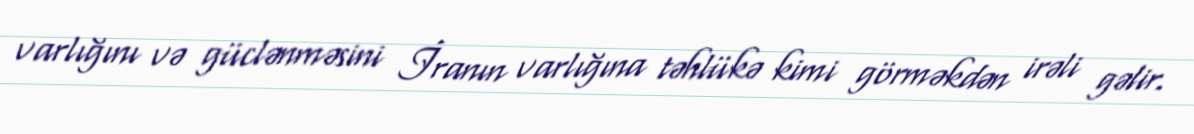
varlığını və güclənməsini İranın varlığına təhlükə kimi görməkdən irəli gəlir.